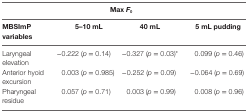
<table><thead><tr><td colspan="4"><b>Max <i>F</i><sub>0</sub></b></td></tr><tr><td><b>MBSImP variables</b></td><td><b>5–10 mL</b></td><td><b>40 mL</b></td><td><b>5 mL pudding</b></td></tr></thead><tbody><tr><td>Laryngeal elevation</td><td>−0.222 (<i>p</i> = 0.14)</td><td>−0.327 (<i>p</i> = 0.03)*</td><td>0.099 (<i>p</i> = 0.46)</td></tr><tr><td>Anterior hyoid excursion</td><td>0.003 (<i>p</i> = 0.985)</td><td>−0.252 (<i>p</i> = 0.09)</td><td>−0.064 (<i>p</i> = 0.69)</td></tr><tr><td>Pharyngeal residue</td><td>0.057 (<i>p</i> = 0.71)</td><td>0.003 (<i>p</i> = 0.99)</td><td>0.008 (<i>p</i> = 0.96)</td></tr></tbody></table>